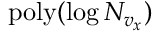
\mathrm { p o l y } ( \log N _ { v _ { x } } )